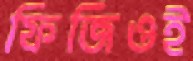
ফিজিওই